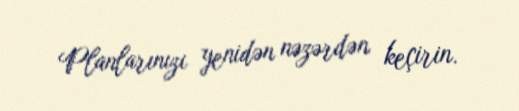
Planlarınızı yenidən nəzərdən keçirin.